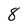
Character: 8